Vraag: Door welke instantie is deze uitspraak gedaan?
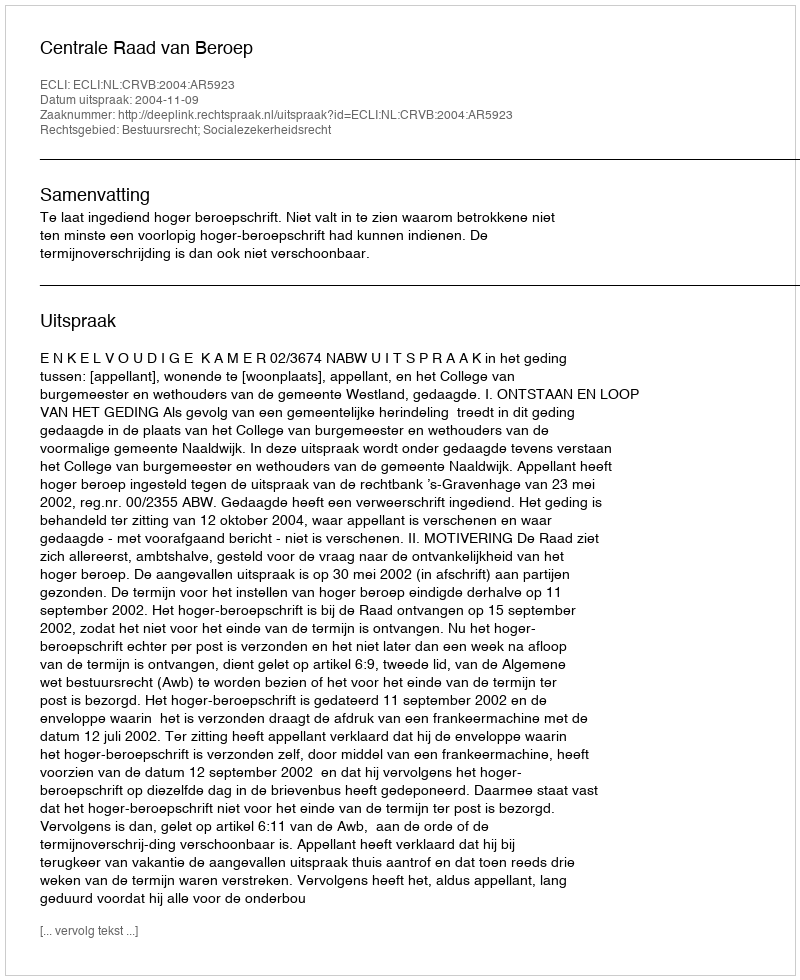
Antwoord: Centrale Raad van Beroep